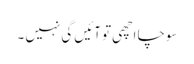
سوچا اچھی تو آئیں گی نہیں ۔